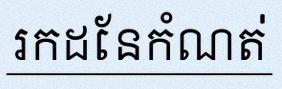
រកដែនកំណត់